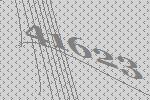
41623